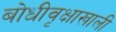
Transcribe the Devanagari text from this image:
बोधीवृक्षाखाली